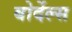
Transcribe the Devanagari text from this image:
बोर्देल्स